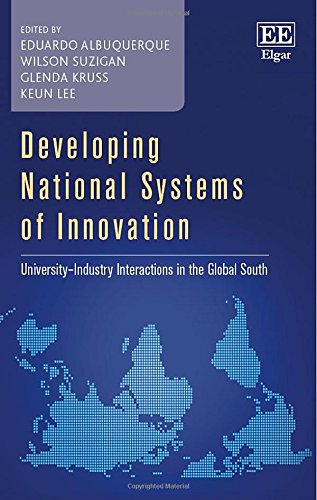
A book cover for Developing National Systems of Innovation: University-Industry Interactions in the Global South; Eduardo Albuquerque; Education & Teaching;